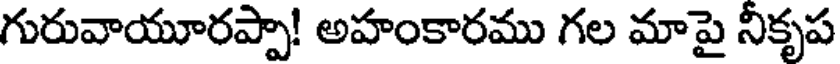
గురువాయూరప్పా! అహంకారము గల మాపై నీకృప